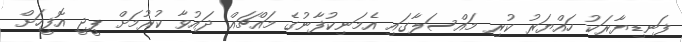
ފަނޑިޔާރަކު ހައްޔަރު ކުރި މައްސަލާގައި އެމަނިކުފާނުގެ މައްޗައް ދައުވާ ކުރުމަށް ޕީޖީ އޮފީހަށް